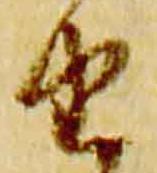
由